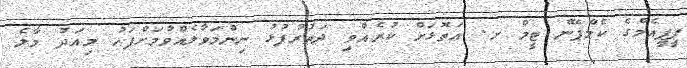
ޕީޕީއެމްގެ ކެމްޕޭން ޓީމް ށ. އަތޮޅަށް ކުރެއްވި ދަތުރުފުޅު ނިންމަވާލެއްވުމަށްފަހު މިއަދު މާލެ